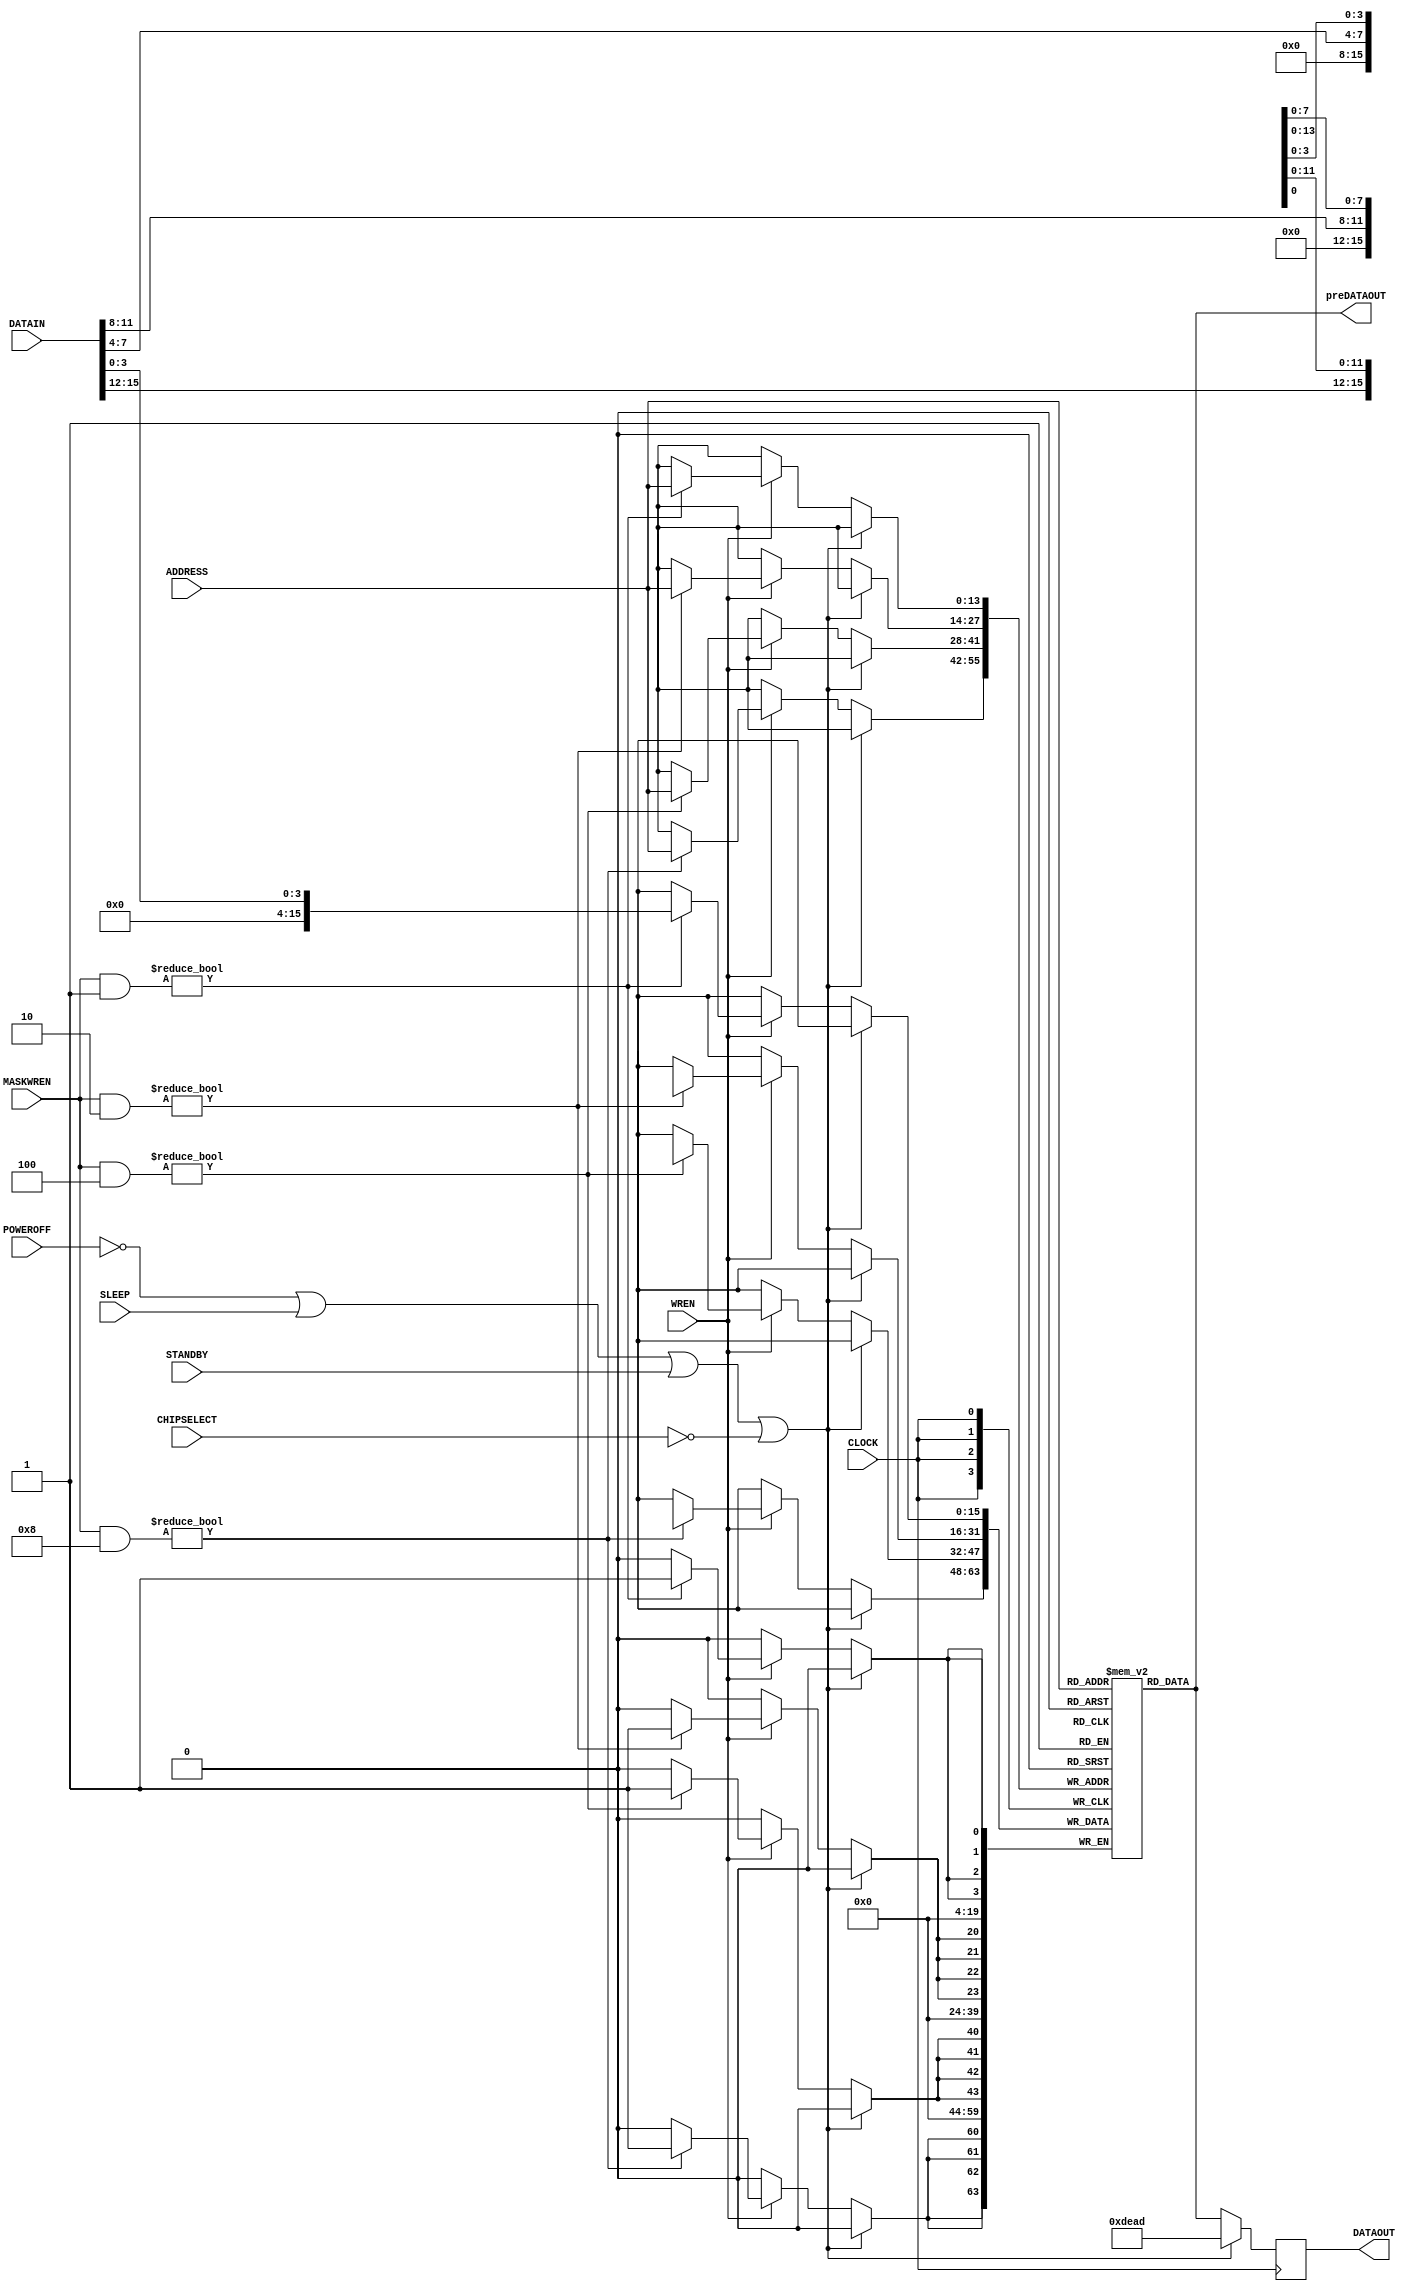
/* A Verilator model -- incomplete and with errors
 */
module SB_SPRAM256KA
  (
   input [15:0]      DATAIN,
   input [13:0]      ADDRESS,
   input [3:0]       MASKWREN,
   input             WREN,CLOCK,CHIPSELECT,POWEROFF,STANDBY,SLEEP,
   output reg [15:0] DATAOUT,
   output [15:0]     preDATAOUT
   );
   reg [15:0]    mem[(1<<14)-1:0];

`ifdef verilator
   function [15:0] get_as_16;
      input [13:0] adr;
      // verilator public
      get_as_16 = mem[adr];
   endfunction

   function [15:0] set_as_16;
      input [13:0] adr;
      input [15:0] data;
      // verilator public
      mem[adr] = data;
      set_as_16 = mem[adr];
   endfunction   
`endif
   
   always @(posedge CLOCK) begin
      if ( POWEROFF == 1'b0 || SLEEP == 1'b1 || STANDBY == 1'b1 || CHIPSELECT == 1'b0) begin
         // Laugh or cry. POWEROFF==0 mean POWER OFF. POWEROFF==1 mean POWER ON
         DATAOUT <= 16'hdead;
      end else begin
         DATAOUT <= mem[ADDRESS];
         if ( WREN ) begin
            if ( (MASKWREN & 4'h1) != 4'h0 ) 
              mem[ADDRESS][3:0] <= DATAIN[3:0];
            if ( (MASKWREN & 4'h2) != 4'h0 )
              mem[ADDRESS][7:4] <= DATAIN[7:4];
            if ( (MASKWREN & 4'h4) != 4'h0 )
              mem[ADDRESS][11:8] <= DATAIN[11:8];
            if ( (MASKWREN & 4'h8) != 4'h0 )
              mem[ADDRESS][15:12] <= DATAIN[15:12];
         end
      end
   end

   assign preDATAOUT = mem[ADDRESS]; // Only for simulating a 0-delay SRAM
endmodule